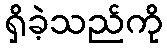
ရှိခဲ့သည်ကို